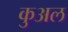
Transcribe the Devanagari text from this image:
कुअल